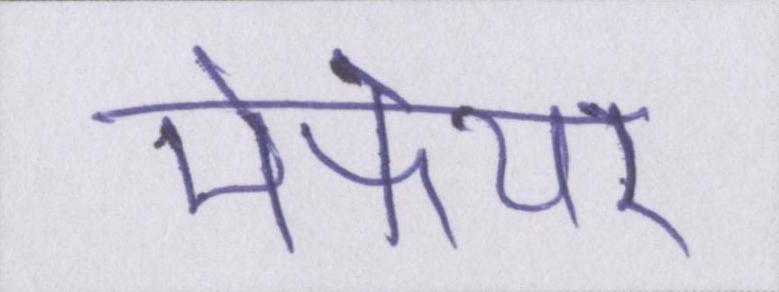
मेफेयर